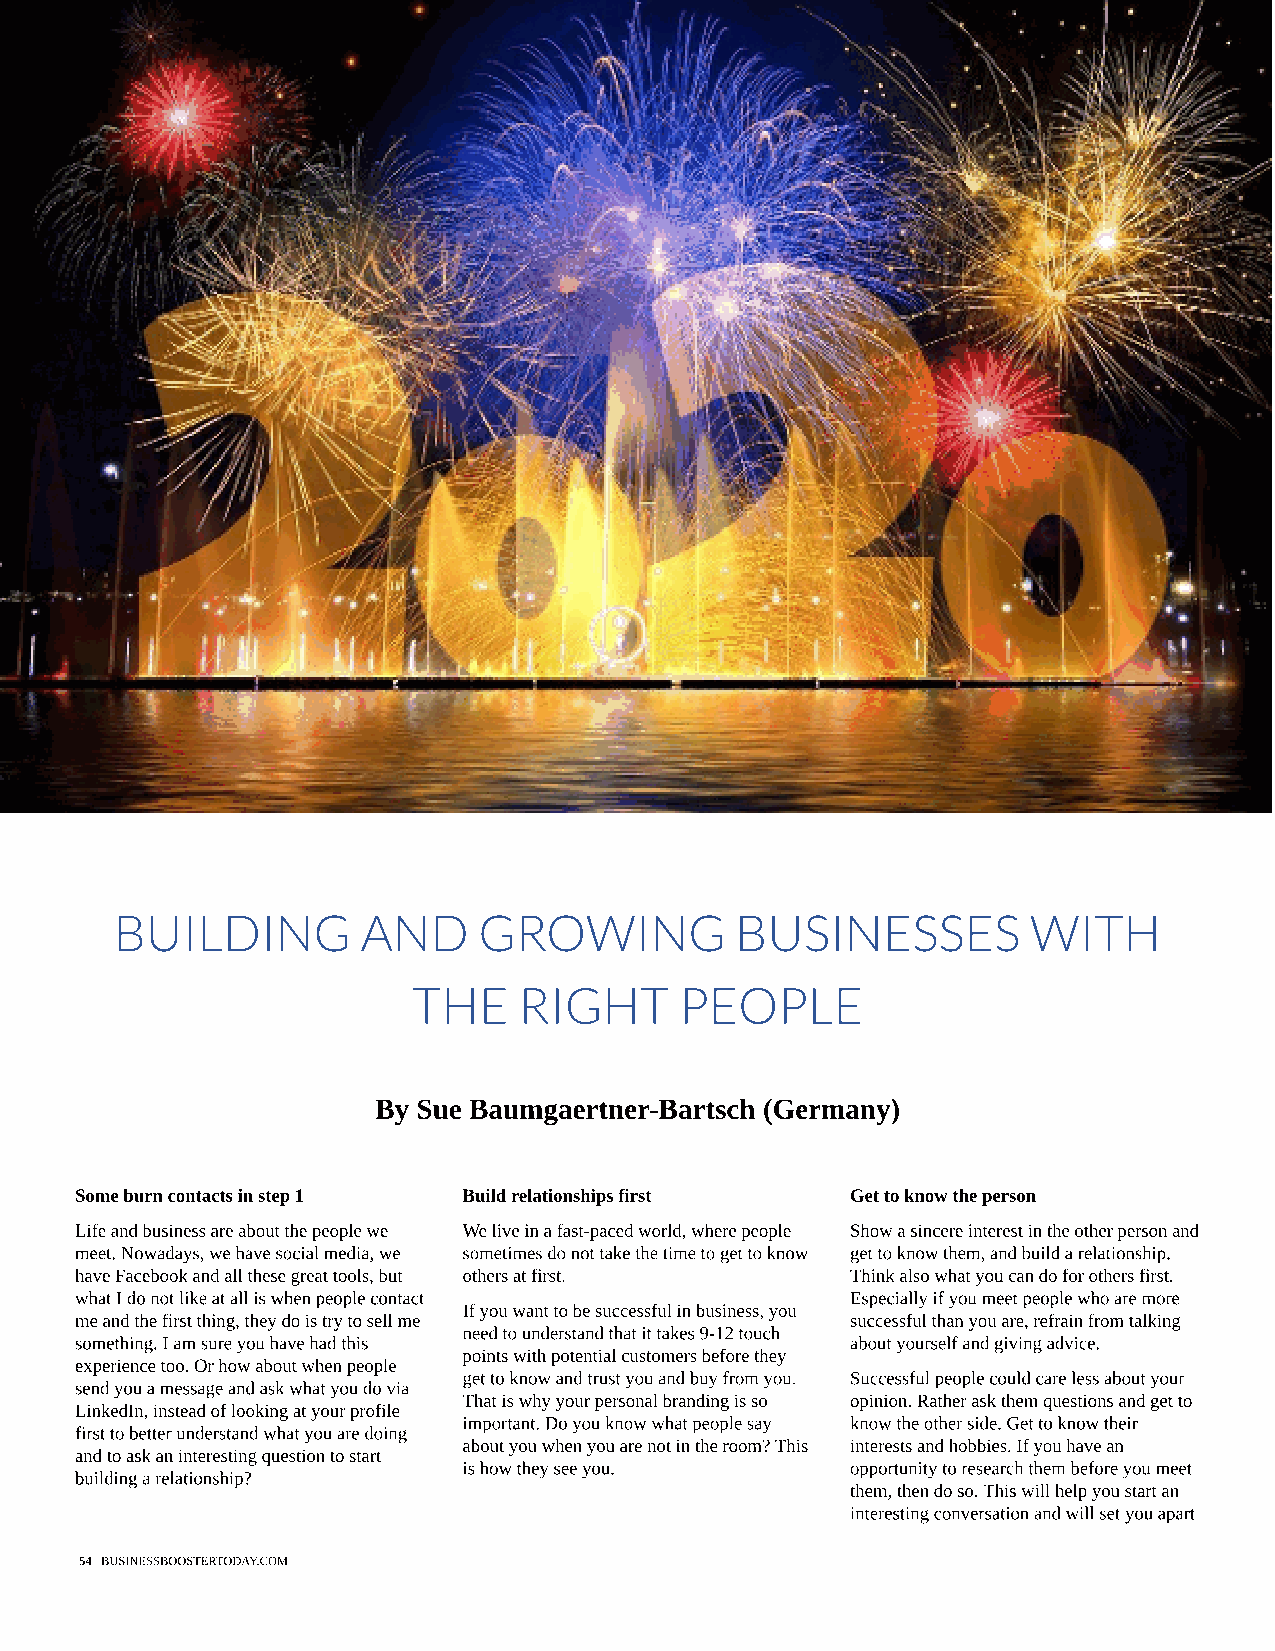
BUILDING        AND     GROWING          BUSINESSES         WITH
 THE    RIGHT      PEOPLE
 By Sue Baumgaertner-Bartsch (Germany)
 Some burn contacts in step 1 Build relationships first Get to know the person
 Life and business are about the people we We live in a fast-paced world, where people Show a sincere interest in the other person and
 meet. Nowadays, we have social media, we sometimes do not take the time to get to know get to know them, and build a relationship.
 have Facebook and all these great tools, but others at first. Think also what you can do for others first.
 what I do not like at all is when people contact   Especially if you meet people who are more
 If you want to be successful in business, you
 me and the first thing, they do is try to sell me  successful than you are, refrain from talking
 need to understand that it takes 9-12 touch
 something. I am sure you have had this             about yourself and giving advice.
 points with potential customers before they
 experience too. Or how about when people
 get to know and trust you and buy from you. Successful people could care less about your
 send you a message and ask what you do via
 That is why your personal branding is so opinion. Rather ask them questions and get to
 LinkedIn, instead of looking at your profile
 important. Do you know what people say know the other side. Get to know their
 first to better understand what you are doing
 about you when you are not in the room? This interests and hobbies. If you have an
 and to ask an interesting question to start
 is how they see you.     opportunity to research them before you meet
 building a relationship?
 them, then do so. This will help you start an
 interesting conversation and will set you apart
 54 BUSINESSBOOSTERTODAY.COM